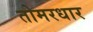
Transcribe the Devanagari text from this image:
तोमरधार